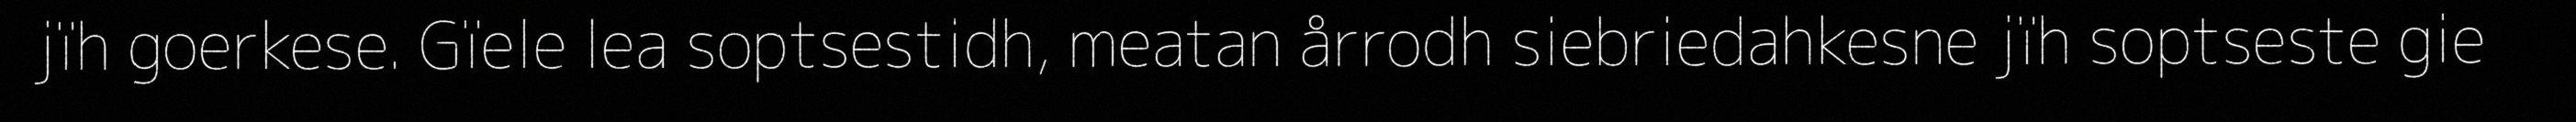
jïh goerkese. Gïele lea soptsestidh, meatan årrodh siebriedahkesne jïh soptseste gie